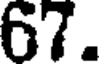
67.